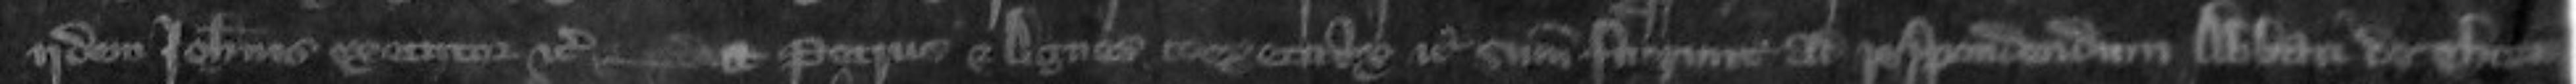
Iidem Johannes executor etc --  et Petrus et Agnes coexecutrix summoniti fuerunt ad respondendum abbati de Thorn